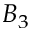
B _ { 3 }